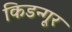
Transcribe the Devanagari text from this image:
किडन्गूर